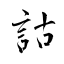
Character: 詁